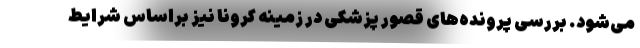
می‌شود. بررسی‌ پرونده‌های قصور پزشکی در زمینه کرونا نیز براساس شرایط